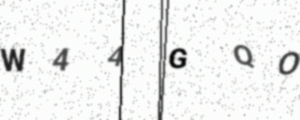
Text: W44GQO